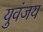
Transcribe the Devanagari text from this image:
युवंजय